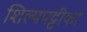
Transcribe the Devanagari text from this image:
शिल्पपट्टीका